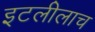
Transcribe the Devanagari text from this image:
इटलीलाच